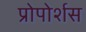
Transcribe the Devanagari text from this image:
प्रोपोर्शस